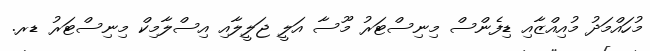
މުހައްމަދު މުއިއްޒާއި ޑިފެންސް މިނިސްޓަރު މޫސާ އަލީ ޖަލީލާއި އިސްލާމިކް މިނިސްޓަރު ޑރ.